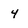
Character: 4